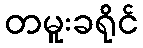
တမူးခရိုင်